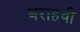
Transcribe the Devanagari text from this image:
बराहवी